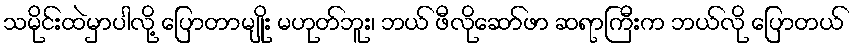
သမိုင်းထဲမှာပါလို့ ပြောတာမျိုး မဟုတ်ဘူး၊ ဘယ် ဖီလိုဆော်ဖာ ဆရာကြီးက ဘယ်လို ပြောတယ်